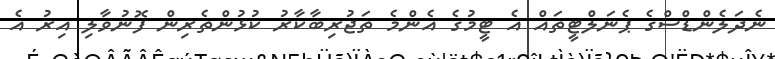
ނެދަލެންޑްސްގެ ޕެނަލްޓީތައް އެ ޓީމުގެ އެންމެ ތަޖުރިބާކާރު ކުޅުންތެރިން ފޮނުވާލި އިރު އެ